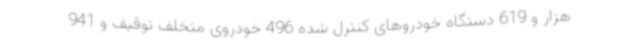
هزار و 619 دستگاه خودروهای کنترل شده 496 خودروی متخلف توقیف و 941